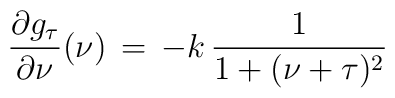
{\partial g_{\tau}\over \partial \nu}(\nu)\,=\,-k\,{1\over 1+(\nu+\tau)\sp2}